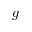
g